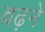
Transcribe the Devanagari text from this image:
वढ़ने